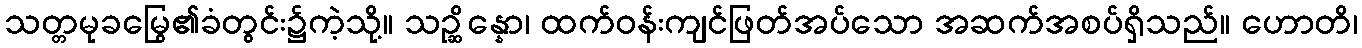
သတ္တမုခမြွေ၏ခံတွင်း၌ကဲ့သို့။ သဉ္ဆိန္နော၊ ထက်ဝန်းကျင်ဖြတ်အပ်သော အဆက်အစပ်ရှိသည်။ ဟောတိ၊